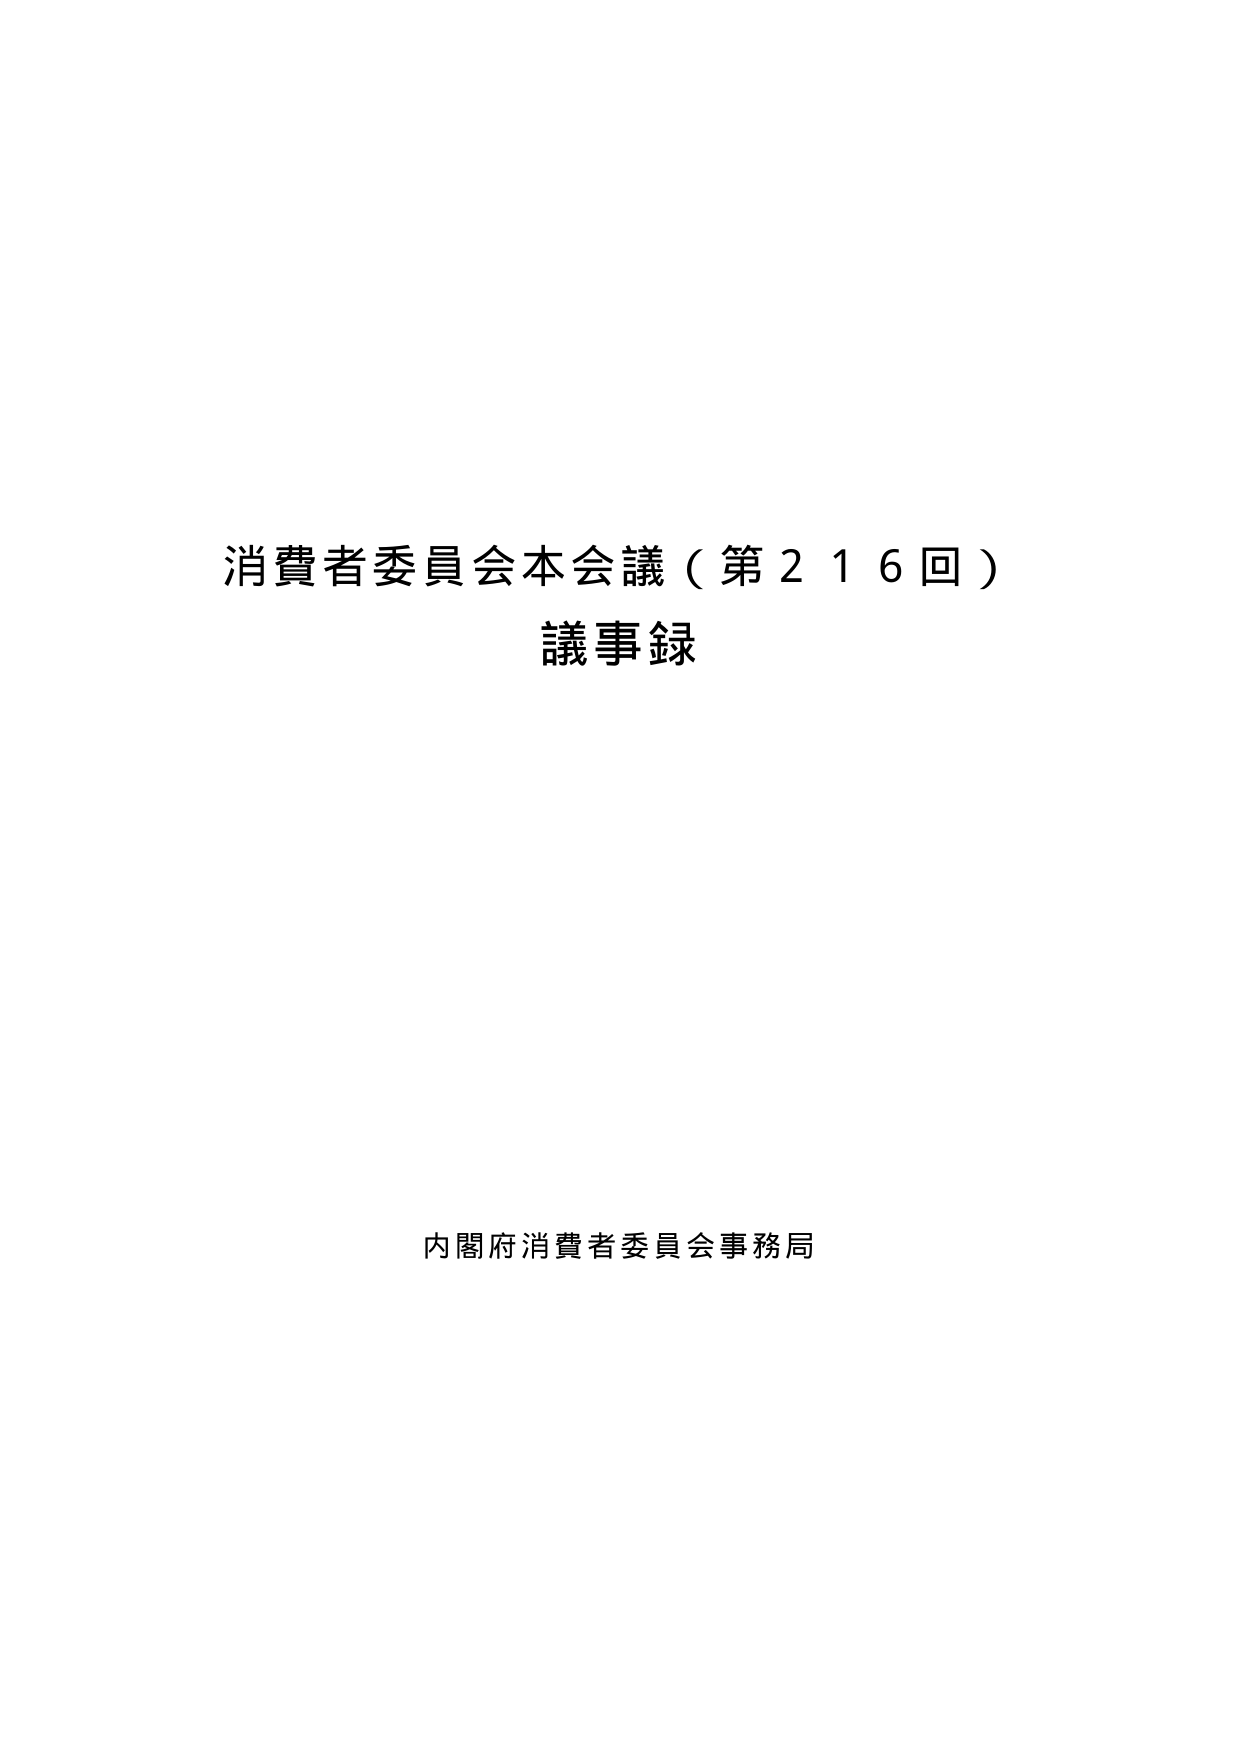
消費者委員会本会議（第216回）
議事録

内閣府消費者委員会事務局